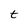
Character: t